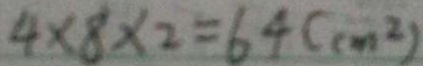
4 \times 8 \times 2 = 6 4 ( c m ^ { 2 } )